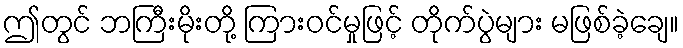
ဤတွင် ဘကြီးမိုးတို့ ကြားဝင်မှုဖြင့် တိုက်ပွဲများ မဖြစ်ခဲ့ချေ။